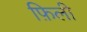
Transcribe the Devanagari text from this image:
फ़िली